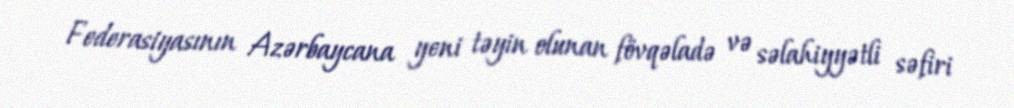
Federasiyasının Azərbaycana yeni təyin olunan fövqəladə və səlahiyyətli səfiri